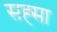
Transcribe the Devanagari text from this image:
सह्सा